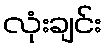
လုံးချင်း